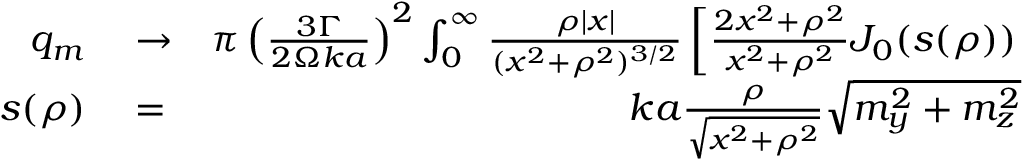
\begin{array} { r l r } { q _ { m } } & { { } \to } & { \pi \left( \frac { 3 \Gamma } { 2 \Omega k a } \right) ^ { 2 } \int _ { 0 } ^ { \infty } \frac { \rho | x | } { ( x ^ { 2 } + \rho ^ { 2 } ) ^ { 3 / 2 } } \left[ \frac { 2 x ^ { 2 } + \rho ^ { 2 } } { x ^ { 2 } + \rho ^ { 2 } } J _ { 0 } ( s ( \rho ) ) \right. } \\ { s ( \rho ) } & { { } = } & { k a \frac { \rho } { \sqrt { x ^ { 2 } + \rho ^ { 2 } } } \sqrt { m _ { y } ^ { 2 } + m _ { z } ^ { 2 } } } \end{array}